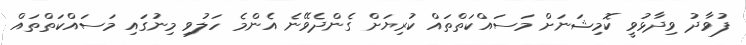
ފުވާދު ވިދާޅުވީ ކޮމިޝަނަށް މަސައްކަތްތައް ކުރިޔަށް ގެންދެވޭނެ އެންމެ ހަލުވި މިނުގައި މަސައްކަތްތައް